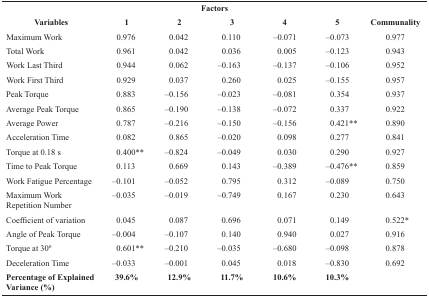
<table><thead><tr><td colspan="7"><b> Factors</b></td></tr><tr><td><b> Variables</b></td><td><b> 1</b></td><td><b> 2</b></td><td><b> 3</b></td><td><b> 4</b></td><td><b> 5</b></td><td><b> Communality</b></td></tr></thead><tbody><tr><td> Maximum Work</td><td>0.976</td><td>0.042</td><td>0.110</td><td>–0.071</td><td>–0.073</td><td>0.977</td></tr><tr><td> Total Work</td><td>0.961</td><td>0.042</td><td>0.036</td><td>0.005</td><td>–0.123</td><td>0.943</td></tr><tr><td> Work Last Third</td><td>0.944</td><td>0.062</td><td>–0.163</td><td>–0.137</td><td>–0.106</td><td>0.952</td></tr><tr><td> Work First Third</td><td>0.929</td><td>0.037</td><td>0.260</td><td>0.025</td><td>–0.155</td><td>0.957</td></tr><tr><td> Peak Torque</td><td>0.883</td><td>–0.156</td><td>–0.023</td><td>–0.081</td><td>0.354</td><td>0.937</td></tr><tr><td> Average Peak Torque</td><td>0.865</td><td>–0.190</td><td>–0.138</td><td>–0.072</td><td>0.337</td><td>0.922</td></tr><tr><td> Average Power</td><td>0.787</td><td>–0.216</td><td>–0.150</td><td>–0.156</td><td>0.421**</td><td>0.890</td></tr><tr><td> Acceleration Time</td><td>0.082</td><td>0.865</td><td>–0.020</td><td>0.098</td><td>0.277</td><td>0.841</td></tr><tr><td> Torque at 0.18 s</td><td>0.400**</td><td>–0.824</td><td>–0.049</td><td>0.030</td><td>0.290</td><td>0.927</td></tr><tr><td> Time to Peak Torque</td><td>0.113</td><td>0.669</td><td>0.143</td><td>–0.389</td><td>–0.476**</td><td>0.859</td></tr><tr><td> Work Fatigue Percentage</td><td>–0.101</td><td>–0.052</td><td>0.795</td><td>0.312</td><td>–0.089</td><td>0.750</td></tr><tr><td> Maximum Work Repetition Number</td><td>–0.035</td><td>–0.019</td><td>–0.749</td><td>0.167</td><td>0.230</td><td>0.643</td></tr><tr><td> Coefficient of variation</td><td>0.045</td><td>0.087</td><td>0.696</td><td>0.071</td><td>0.149</td><td>0.522*</td></tr><tr><td> Angle of Peak Torque</td><td>–0.004</td><td>–0.107</td><td>0.140</td><td>0.940</td><td>0.027</td><td>0.916</td></tr><tr><td> Torque at 30o</td><td>0.601**</td><td>–0.210</td><td>–0.035</td><td>–0.680</td><td>–0.098</td><td>0.878</td></tr><tr><td> Deceleration Time</td><td>–0.033</td><td>–0.001</td><td>0.045</td><td>0.018</td><td>–0.830</td><td>0.692</td></tr><tr><td><b>Percentage of Explained Variance (%)</b></td><td><b> 39.6% </b></td><td><b> 12.9% </b></td><td><b> 11.7% </b></td><td><b> 10.6% </b></td><td><b> 10.3% </b></td><td></td></tr></tbody></table>